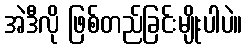
အဲဒီလို ဖြစ်တည်ခြင်းမျိုးပါပဲ။